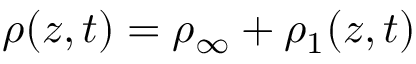
\rho ( z , t ) = \rho _ { \infty } + \rho _ { 1 } ( z , t )